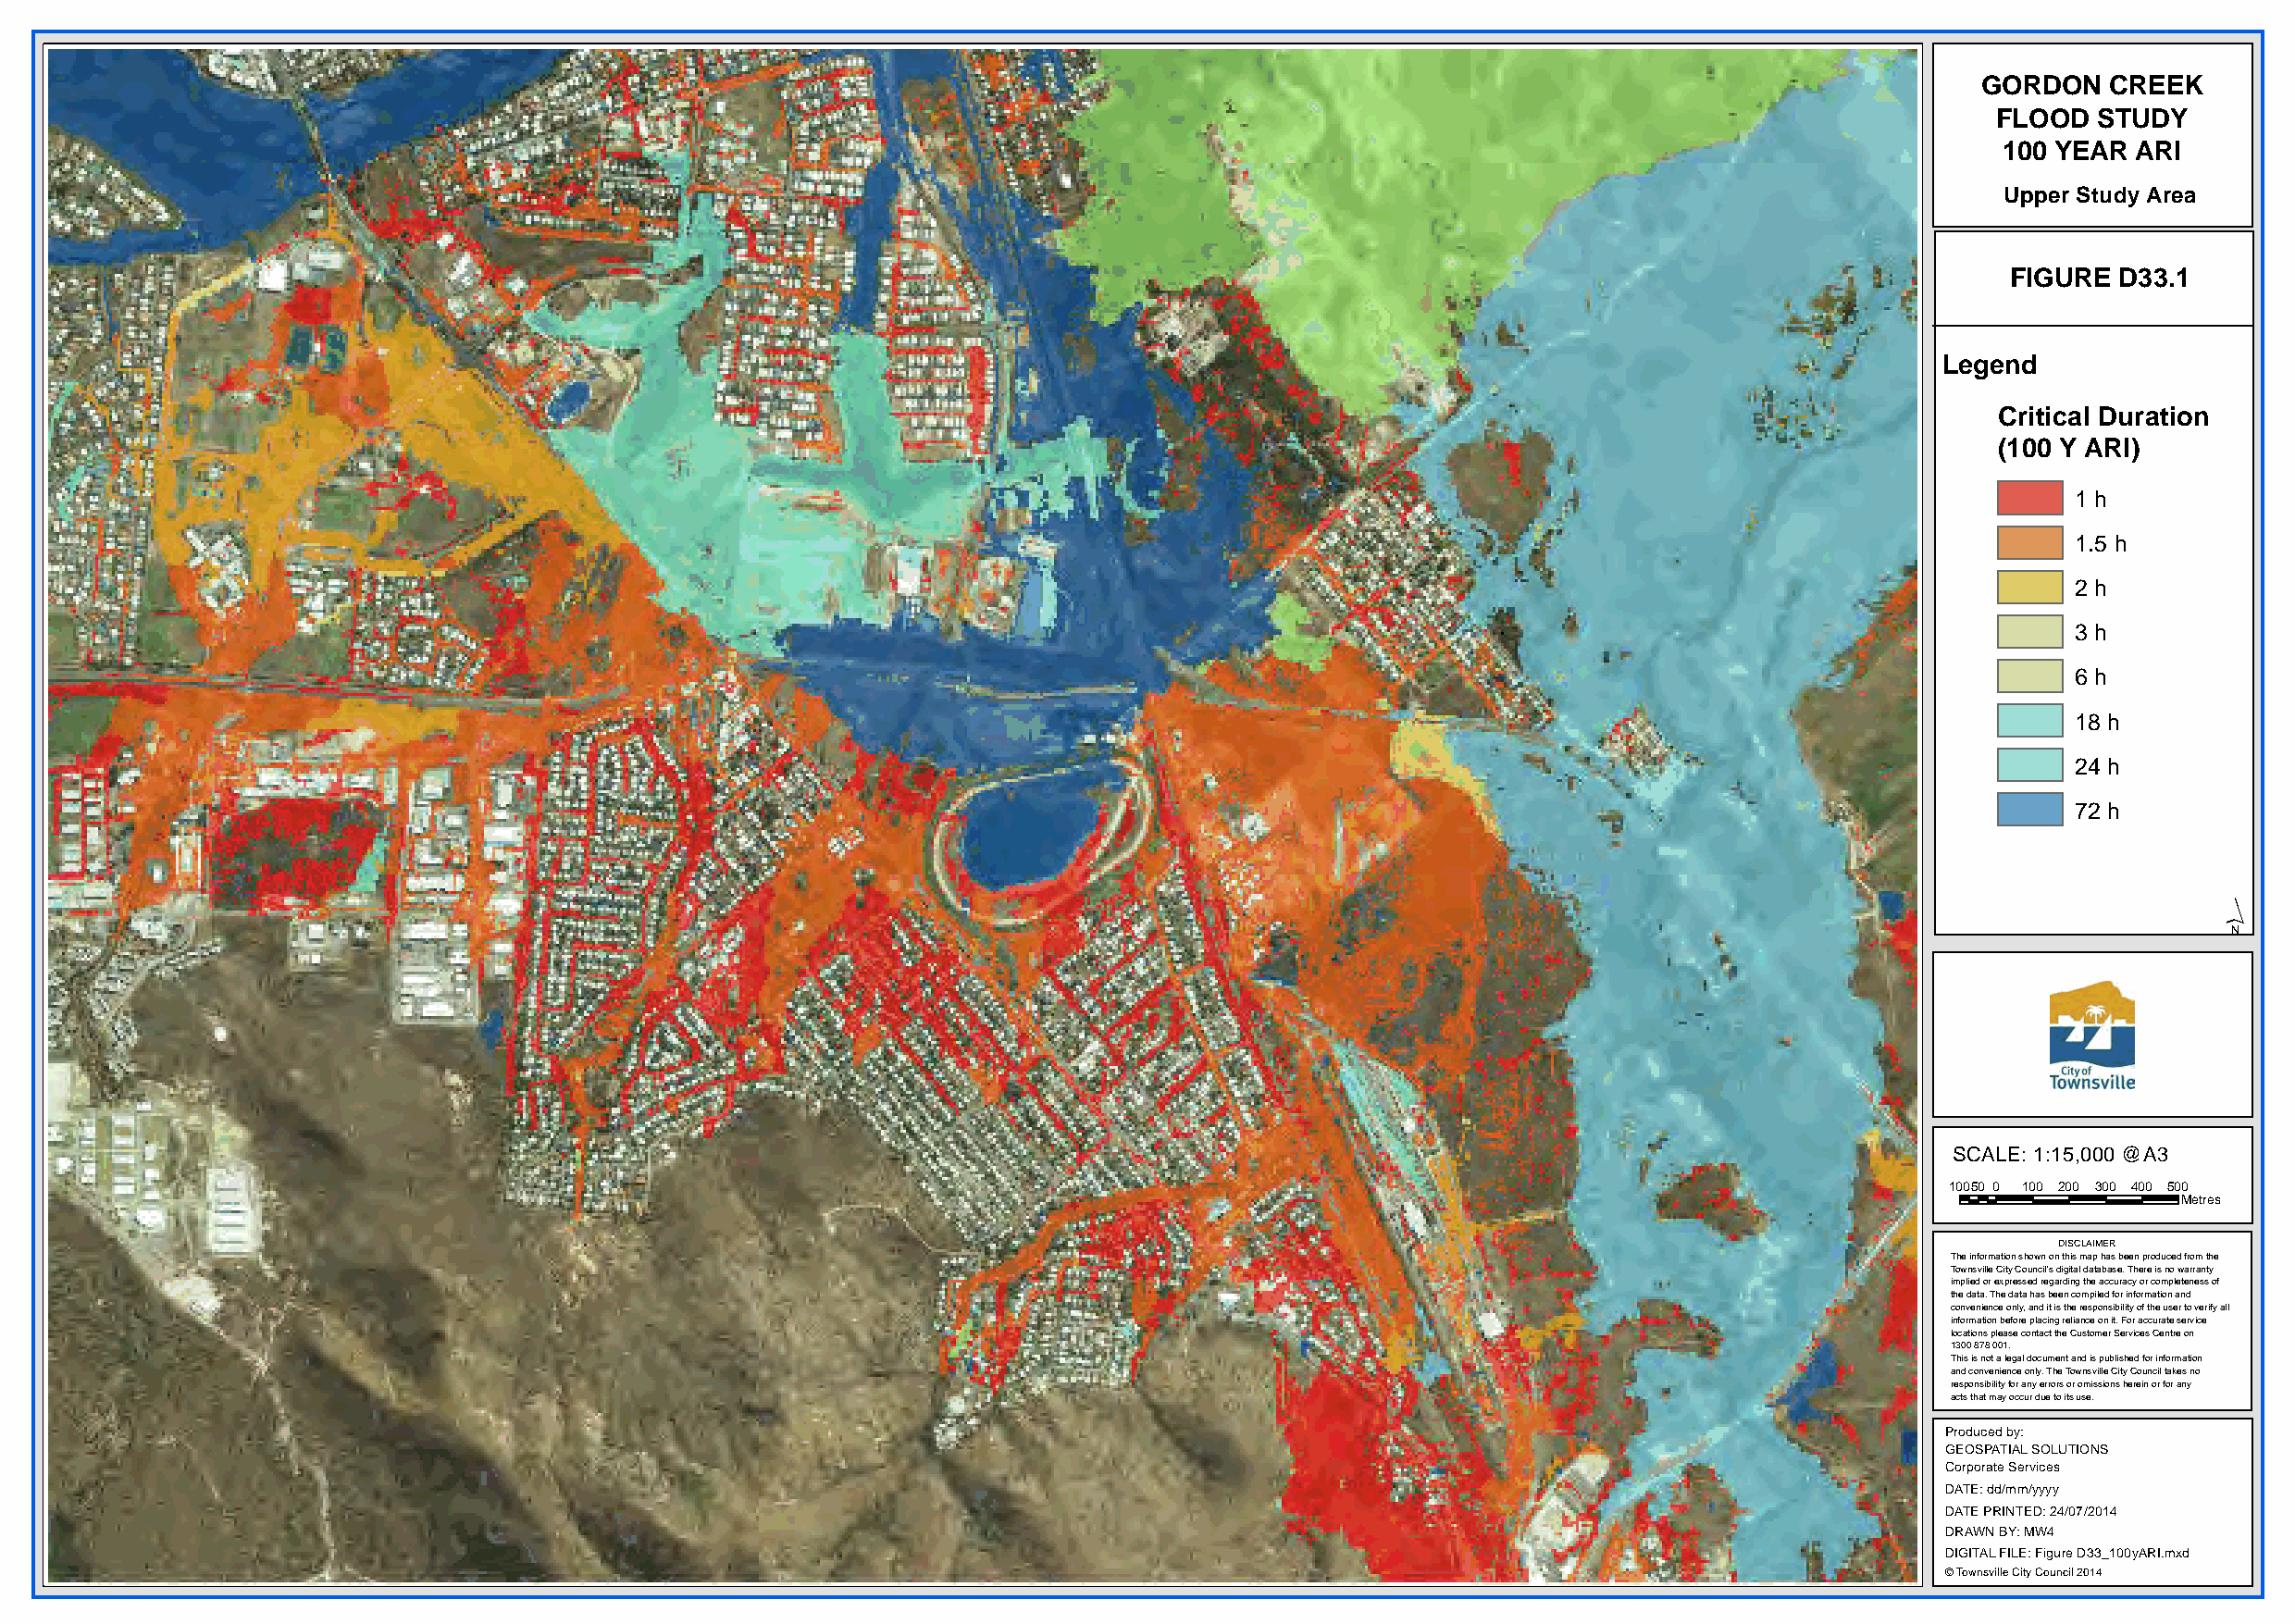
GORDON   CREEK
 FLOOD  STUDY
 100 YEAR  ARI
 Upper Study Area
 FIGURE  D33.1
 Legend
 Critical Duration
 (100 Y ARI)
 1 h
 1.5 h
 2 h
 3 h
 6 h
 18 h
 24 h
 72 h
 ´
 SCALE: 1:15,000 @A3
 10050 0 100 200 300 400 500
 Metres
 DISCLAIMER
 The information shown on this map has been produced from the
 Townsville City Council's digital database. There is no warranty
 implied or expressed regarding the accuracy or completeness of
 the data. The data has been compiled for information and
 convenience only, and it is the responsibility of the user to verify all
 information before placing reliance on it. For accurate service
 locations please contact the Customer Services Centre on
 1300 878 001.
 This is not a legal document and is published for information
 and convenience only. The Townsville City Council takes no
 responsibility for any errors or omissions herein or for any
 acts that may occur due to its use.
 Produced by:
 GEOSPATIAL SOLUTIONS
 Corporate Services
 DATE: dd/mm/yyyy
 DATE PRINTED: 24/07/2014
 DRAWN BY: MW4
 DIGITAL FILE: Figure D33_100yARI.mxd
 © Townsville City Council 2014